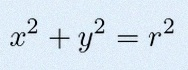
x^2+y^2=r^2